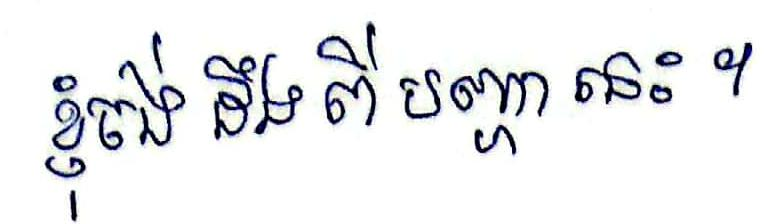
ខ្ញុំចង់ដឹង ពី បញ្ហា នេះ ។